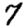
Digit: 7